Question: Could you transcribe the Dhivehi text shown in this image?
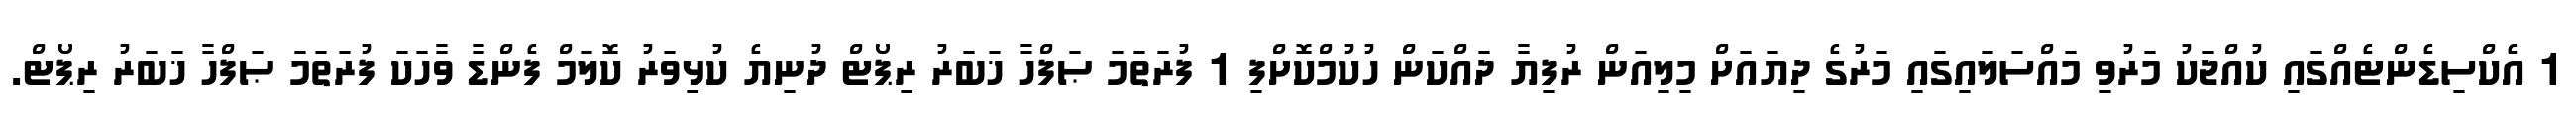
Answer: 1 އެކްސިޑެންޓެއްގައި ކުއްޖަކު މަރުވި މައްސަލައިގައި މަރުގެ ދިޔައަށް މިލިއަން ރުފިޔާ ދައްކަން ހުކުމްކޮށްފި 1 ފުރަތަމަ ޞަފްހާ ޚަބަރު ރިޕޯޓް ދުނިޔެ ކުޅިވަރު ކޮލަމް ފެންޑާ ވާހަކަ ފުރަތަމަ ޞަފްހާ ޚަބަރު ރިޕޯޓް.